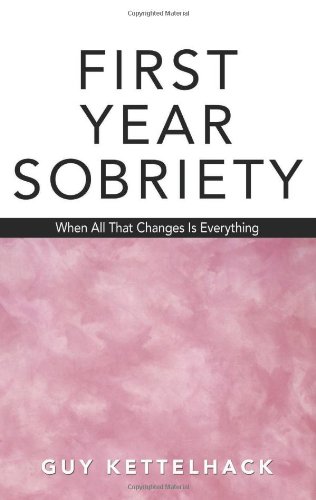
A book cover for First Year Sobriety: When All That Changes Is Everything; Guy Kettelhack; Health, Fitness & Dieting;